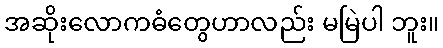
အဆိုးလောကဓံတွေဟာလည်း မမြဲပါ ဘူး။